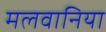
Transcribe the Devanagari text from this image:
मलवानिया